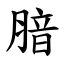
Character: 腤